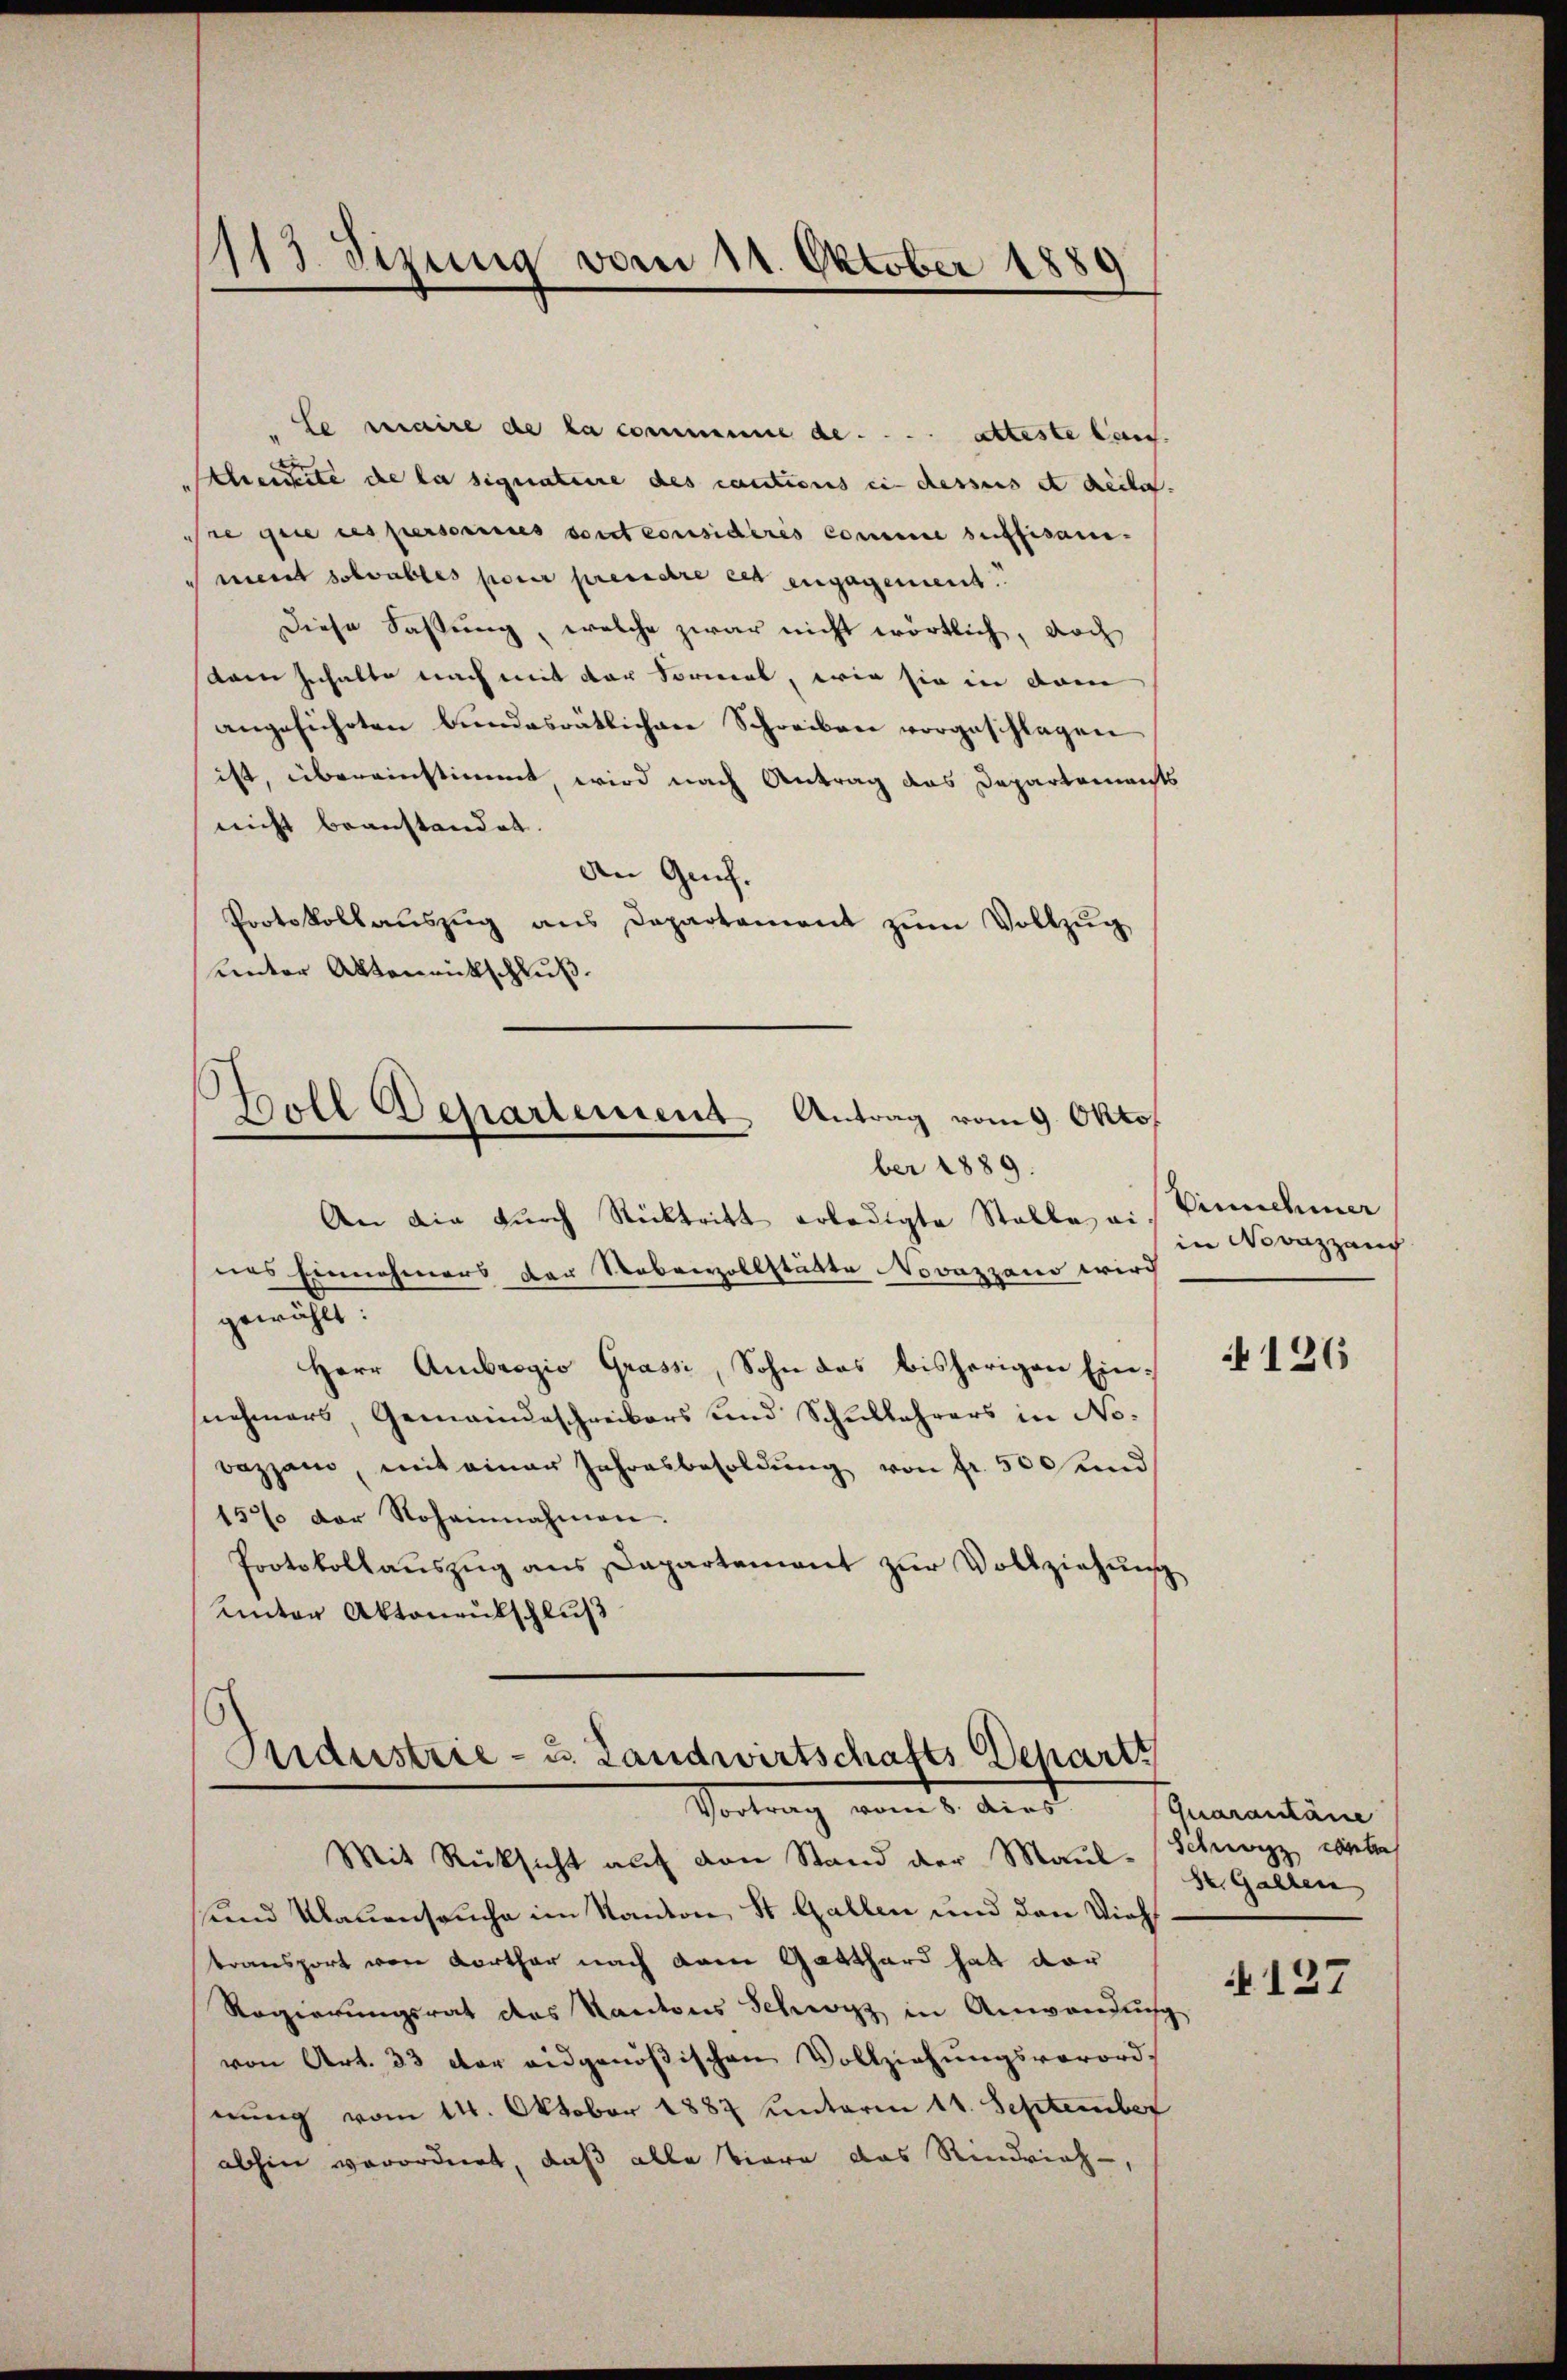
113. Sizung vom 11. Oktober 1889

C seraire de la commune de .... atteste lau.
scheidete de la signataire des cautions in dessers et heile.
se que ces persorisies sont considérés comme suffisam
ment solvables parer pressere cet engagement.
Diese Fassung, welche zwar nicht wörtlich, doch
dam Inhalte nach mit der Vormel, wie sie in dem
angeführten Bŭndesrätlichere Schreiben vorgeschlagen
ist, übereinstimmt, wird nach Antrag das Departements
nicht beanstandet.
den Genf.
Protokollaŭszŭg ans Departement zŭm Vollzŭg
anter Aktenrückschluß.
Goll Departement Antrag vom 9. Okto
ber 1889.
An die durch Rücktritt erledigte Stalle ei
nes Einnahmers der Roberzollstätte Novazzano wird
gewählt:
Herr Ambrogio Grassi, Sohn das bisherigen Einsnehmers, Gemeindeschreibers und Schullehrers in Nobazzam, mit einer Jahresbesoldung von fr. 500 und
157 der Roheinahmen.
Protokollaŭszŭg ans Dapartement zŭr Vollziehŭng
Unter Aktenrutschluß

Industrie- u. Landwirtschafts Departi
Vortung vom 5. And
Mit Rücksicht auf den Stand der Maul- (Schwyz erth

und Klauenseuche im Kanton St. Gallen und den Viehtransport von Korther nach dem Gotthard hat dar
Regierungsrat des Kantons Schwyz in Anwendung
von Art. 33 der eidgenößischen Vollziehŭngsverord-
nung vom 14. Oktober 1887 unterm 11. September
abhin verordnet, daß alle Tiere das Rindvieh-

Vinnehmer
in Novazzauch

126

Quarantane
St. Gallen

N 127